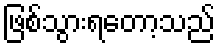
ဖြစ်သွားရတော့သည်